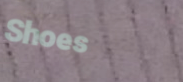
Shoes